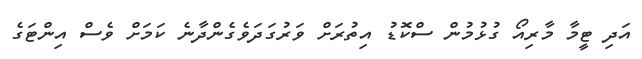
އަދި ޓީމާ މާރިއޯ ގުޅުމުން ސްކޮޑު އިތުރަށް ވަރުގަދަވެގެންދާނެ ކަމަށް ވެސް އިންޓަގެ